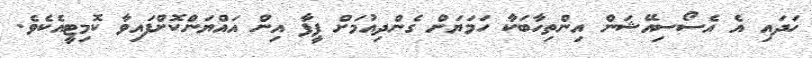
ހަދައި އެ އެސޯސިއޭޝަން އިންތިހާބަކާ ހަމަޔަށް ގެންދިއުމަށް ފީފާ އިން އައްޔަންކޮށްފައިވާ ކޮމިޓީއެކެވެ.